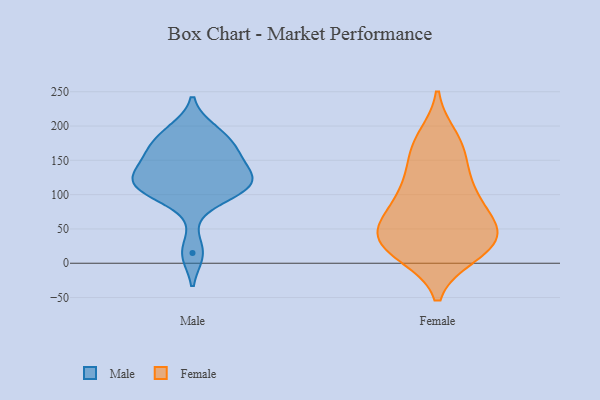
{"axis": {"x": "Humidity (%)", "y": "Value"}, "legend": ["Female", "Male"], "data": [{"x": "", "y": 167, "type": "Male"}, {"x": "", "y": 122, "type": "Male"}, {"x": "", "y": 142, "type": "Male"}, {"x": "", "y": 115, "type": "Male"}, {"x": "", "y": 96, "type": "Male"}, {"x": "", "y": 115, "type": "Male"}, {"x": "", "y": 194, "type": "Male"}, {"x": "", "y": 15, "type": "Male"}, {"x": "", "y": 180, "type": "Male"}, {"x": "", "y": 114, "type": "Male"}, {"x": "", "y": 154, "type": "Male"}, {"x": "", "y": 103, "type": "Female"}, {"x": "", "y": 128, "type": "Female"}, {"x": "", "y": 164, "type": "Female"}, {"x": "", "y": 13, "type": "Female"}, {"x": "", "y": 111, "type": "Female"}, {"x": "", "y": 43, "type": "Female"}, {"x": "", "y": 24, "type": "Female"}, {"x": "", "y": 64, "type": "Female"}, {"x": "", "y": 81, "type": "Female"}, {"x": "", "y": 13, "type": "Female"}, {"x": "", "y": 184, "type": "Female"}, {"x": "", "y": 12, "type": "Female"}, {"x": "", "y": 180, "type": "Female"}, {"x": "", "y": 90, "type": "Female"}, {"x": "", "y": 63, "type": "Female"}, {"x": "", "y": 38, "type": "Female"}, {"x": "", "y": 149, "type": "Female"}, {"x": "", "y": 36, "type": "Female"}, {"x": "", "y": 42, "type": "Female"}, {"x": "", "y": 46, "type": "Female"}]}